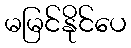
မမြင်နိုင်ပေ